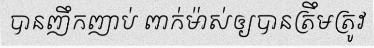
បានញឹកញាប់ ពាក់ម៉ាស់ឲ្យបានត្រឹមត្រូវ